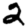
Digit: 2